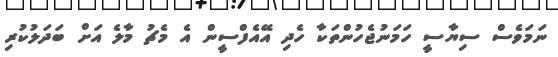
ނަމަވެސް ސިޔާސީ ހަމަނުޖެހުންތަކާ ހެދި އޭއެފްސީން އެ މެޗު މާލެ އަށް ބަދަލުކުރި